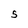
Character: s